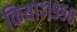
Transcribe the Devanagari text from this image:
किया।१९५०